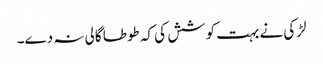
لڑکی نے بہت کوشش کی کہ طوطا گالی نہ دے۔